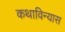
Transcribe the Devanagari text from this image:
कथाविन्यास